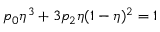
p _ { 0 } \eta ^ { 3 } + 3 p _ { 2 } \eta ( 1 - \eta ) ^ { 2 } = 1